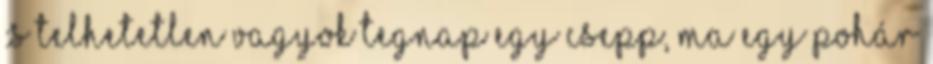
:S Telhetetlen vagyok Tegnap egy csepp, ma egy pohár